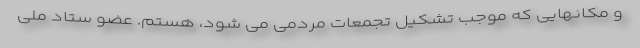
و مکانهایی که موجب تشکیل تجمعات مردمی می شود، هستم. عضو ستاد ملی